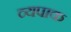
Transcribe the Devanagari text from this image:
व्यपाक